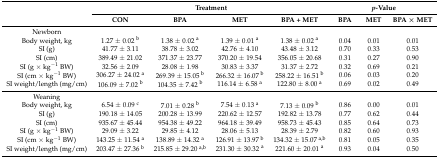
<table><thead><tr><td rowspan="2"></td><td colspan="4"><b>Treatment</b></td><td colspan="3"><b><i>p</i>-Value</b></td></tr><tr><td><b>CON</b></td><td><b>BPA</b></td><td><b>MET</b></td><td><b>BPA + MET</b></td><td><b>BPA</b></td><td><b>MET</b></td><td><b>BPA × MET</b></td></tr></thead><tbody><tr><td>Newborn</td><td></td><td></td><td></td><td></td><td></td><td></td><td></td></tr><tr><td>Body weight, kg</td><td>1.27 ± 0.02 <sup>b</sup></td><td>1.38 ± 0.02 <sup>a</sup></td><td>1.39 ± 0.01 <sup>a</sup></td><td>1.38 ± 0.02 <sup>a</sup></td><td>0.04</td><td>0.01</td><td>0.01</td></tr><tr><td>SI (g)</td><td>41.77 ± 3.11</td><td>38.78 ± 3.02</td><td>42.76 ± 4.10</td><td>43.48 ± 3.12</td><td>0.70</td><td>0.33</td><td>0.53</td></tr><tr><td>SI (cm)</td><td>389.49 ± 21.02</td><td>371.37 ± 23.77</td><td>370.20 ± 19.54</td><td>356.05 ± 20.68</td><td>0.31</td><td>0.27</td><td>0.90</td></tr><tr><td>SI (g × kg<sup>−1</sup> BW)</td><td>32.56 ± 2.09</td><td>28.08 ± 1.98</td><td>30.83 ± 3.37</td><td>31.37 ± 2.72</td><td>0.32</td><td>0.69</td><td>0.21</td></tr><tr><td>SI (cm × kg<sup>−1</sup> BW)</td><td>306.27 ± 24.02 <sup>a</sup></td><td>269.39 ± 15.05 <sup>b</sup></td><td>266.32 ± 16.07 <sup>b</sup></td><td>258.22 ± 16.51 <sup>b</sup></td><td>0.06</td><td>0.03</td><td>0.20</td></tr><tr><td>SI weight/length (mg/cm)</td><td>106.09 ± 7.02 <sup>b</sup></td><td>104.35 ± 7.42 <sup>b</sup></td><td>116.14 ± 6.58 <sup>a</sup></td><td>122.80 ± 8.00 <sup>a</sup></td><td>0.69</td><td>0.02</td><td>0.49</td></tr><tr><td>Weaning</td><td></td><td></td><td></td><td></td><td></td><td></td><td></td></tr><tr><td>Body weight, kg</td><td>6.54 ± 0.09 <sup>c</sup></td><td>7.01 ± 0.28 <sup>b</sup></td><td>7.54 ± 0.13 <sup>a</sup></td><td>7.13 ± 0.09 <sup>b</sup></td><td>0.86</td><td>0.00</td><td>0.01</td></tr><tr><td>SI (g)</td><td>190.18 ± 14.05</td><td>200.28 ± 13.99</td><td>220.62 ± 12.57</td><td>192.82 ± 13.78</td><td>0.77</td><td>0.62</td><td>0.44</td></tr><tr><td>SI (cm)</td><td>935.67 ± 45.44</td><td>954.38 ± 49.22</td><td>964.18 ± 39.49</td><td>958.73 ± 45.43</td><td>0.85</td><td>0.64</td><td>0.73</td></tr><tr><td>SI (g × kg<sup>−1</sup> BW)</td><td>29.09 ± 3.22</td><td>29.85 ± 4.12</td><td>28.06 ± 5.13</td><td>28.39 ± 2.79</td><td>0.82</td><td>0.60</td><td>0.93</td></tr><tr><td>SI (cm × kg<sup>−1</sup> BW)</td><td>143.25 ± 11.54 <sup>a</sup></td><td>138.89 ± 14.32 <sup>a</sup></td><td>126.91 ± 13.97 <sup>b</sup></td><td>134.32 ± 15.07 <sup>a,b</sup></td><td>0.81</td><td>0.05</td><td>0.35</td></tr><tr><td>SI weight/length (mg/cm)</td><td>203.47 ± 27.36 <sup>b</sup></td><td>215.85 ± 29.20 <sup>a,b</sup></td><td>231.30 ± 30.32 <sup>a</sup></td><td>221.60 ± 20.01 <sup>a</sup></td><td>0.93</td><td>0.04</td><td>0.50</td></tr></tbody></table>